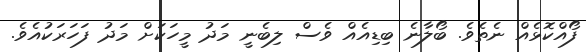
ފޯއްކޮޅެއް ނެތެވެ. ބޯލާނެ ބިޑިއެއް ވެސް ލިބެނީ މަދު މީހަކަށް މަދު ފަހަރަކުއެވެ.